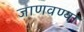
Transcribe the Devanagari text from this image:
जाणवण्या